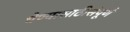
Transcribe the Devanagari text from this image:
घेण्यासाठीसंपूर्ण